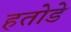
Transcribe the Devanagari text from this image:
हतोडे